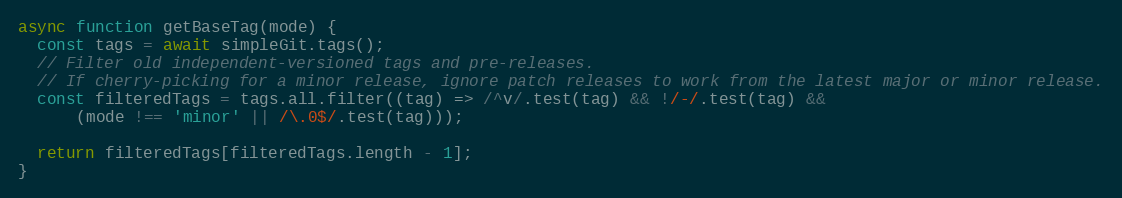
Language: JavaScript
async function getBaseTag(mode) {
  const tags = await simpleGit.tags();
  // Filter old independent-versioned tags and pre-releases.
  // If cherry-picking for a minor release, ignore patch releases to work from the latest major or minor release.
  const filteredTags = tags.all.filter((tag) => /^v/.test(tag) && !/-/.test(tag) &&
      (mode !== 'minor' || /\.0$/.test(tag)));

  return filteredTags[filteredTags.length - 1];
}